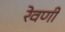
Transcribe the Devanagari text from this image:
रेवणी